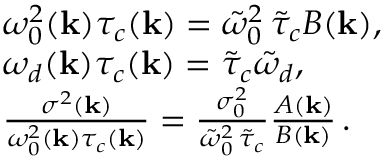
\begin{array} { r l } & { \omega _ { 0 } ^ { 2 } ( { \bf k } ) \tau _ { c } ( { \bf k } ) = \tilde { \omega } _ { 0 } ^ { 2 } \, \tilde { \tau } _ { c } B ( { \bf k } ) , } \\ & { \omega _ { d } ( { \bf k } ) \tau _ { c } ( { \bf k } ) = \tilde { \tau } _ { c } \tilde { \omega } _ { d } , } \\ & { \frac { \sigma ^ { 2 } ( { \bf k } ) } { \omega _ { 0 } ^ { 2 } ( { \bf k } ) \tau _ { c } ( { \bf k } ) } = \frac { \sigma _ { 0 } ^ { 2 } } { \tilde { \omega } _ { 0 } ^ { 2 } \, \tilde { \tau } _ { c } } \frac { A ( { \bf k } ) } { B ( { \bf k } ) } \, . } \end{array}